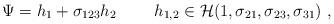
LaTeX: \begin{align*}\Psi = h_1 + \sigma_{123} h_2 ~~~~~~~ h_{1,2} \in {\cal H}(1,\sigma_{21},\sigma_{23},\sigma_{31})~,\end{align*}